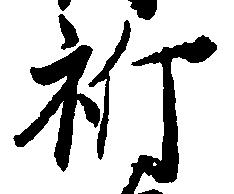
祈